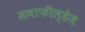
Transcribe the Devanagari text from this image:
समाफील्डेज़